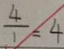
\frac { 4 } { 1 } = 4